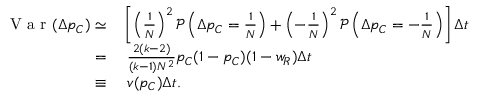
\begin{array} { r l } { \mathrm { ~ V ~ a ~ r ~ } ( \Delta p _ { C } ) \simeq } & { { } \left[ \left( \frac { 1 } { N } \right) ^ { 2 } \mathcal { P } \left( \Delta p _ { C } = \frac { 1 } { N } \right) + \left( - \frac { 1 } { N } \right) ^ { 2 } \mathcal { P } \left( \Delta p _ { C } = - \frac { 1 } { N } \right) \right] \Delta t } \\ { = } & { { } ~ \frac { 2 ( k - 2 ) } { ( k - 1 ) N ^ { 2 } } p _ { C } ( 1 - p _ { C } ) ( 1 - w _ { R } ) \Delta t } \\ { \equiv } & { { } ~ v ( p _ { C } ) \Delta t . } \end{array}